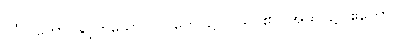
ဝင်္ဂပါတောင်နှင့်တူသော။ ပပ္ပတေ၊ ၌။ ဝသိ၊ ၏။ အထ၊ ၌။ ဧကော၊